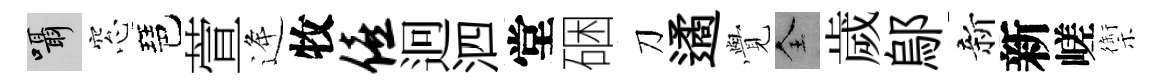
囁窓琶萱逄牧僖迥泗堂硱刀遹𮗜全歲鄔新新嵯禦